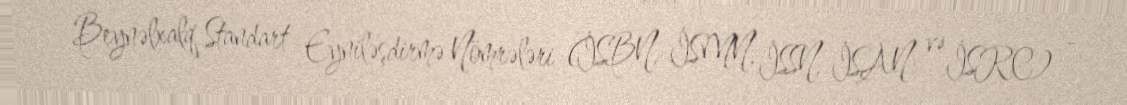
Beynəlxalq Standart Eyniləşdirmə Nömrələri (İSBN, İSMN, İSSN, İSAN və İSRC) -